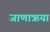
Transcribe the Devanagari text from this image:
जाणाऋया